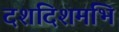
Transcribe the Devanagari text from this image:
दशदिशमभि